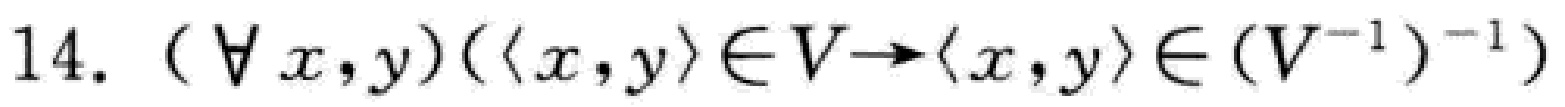
14. $(\forall x,y)(\langle x,y\rangle\in V\rightarrow\langle x,y\rangle\in (V^{-1})^{-1})$